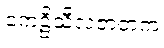
ကေဠိသီလဇာတက